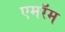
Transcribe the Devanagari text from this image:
एमरॅम